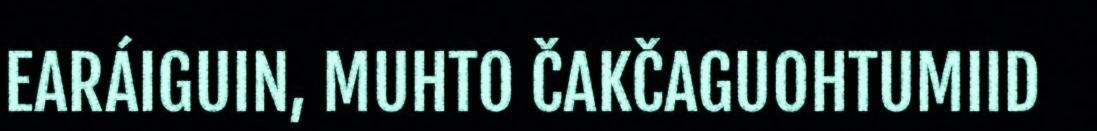
EARÁIGUIN, MUHTO ČAKČAGUOHTUMIID